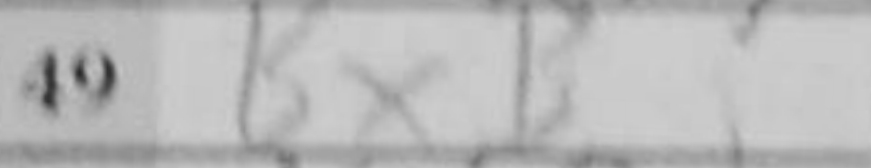
Transcription: BxB